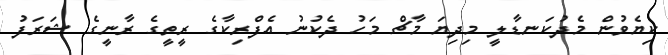
ކިޔެވުން މެދުކަނޑާލީ މިދިޔަ މާޗް މަހު ދެކުނު އެފްރިކާގެ ރީތީގެ ރާނީގެ ޝަރަފު